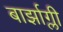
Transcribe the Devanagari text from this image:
बार्झाग्ली